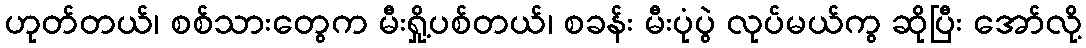
ဟုတ်တယ်၊ စစ်သားတွေက မီးရှို့ပစ်တယ်၊ စခန်း မီးပုံပွဲ လုပ်မယ်ကွ ဆိုပြီး အော်လို့